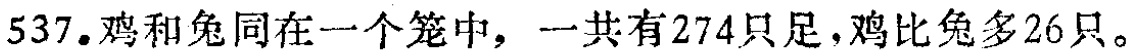
537.鸡和兔同在一个笼中，一共有274只足，鸡比兔多26只。